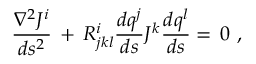
\frac { \nabla ^ { 2 } J ^ { i } } { d s ^ { 2 } } \, + \, R _ { j k l } ^ { i } \frac { d q ^ { j } } { d s } J ^ { k } \frac { d q ^ { l } } { d s } = \, 0 ~ ,